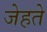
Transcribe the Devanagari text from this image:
जेहते